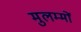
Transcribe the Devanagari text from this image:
मुलम्मों